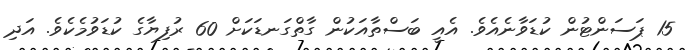
15 ޕަސަންޓުން ކުޑަވާނެއެވެ. އެއީ ބަސްތާއަކުން ގާތްގަނޑަކަށް 60 ރުފިޔާގެ ކުޑަވުމެކެވެ. އަދި